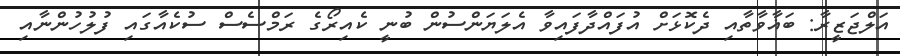
އަލްޖަޒީރާ: ބަޣާވާތާއި ދެކޮޅަށް އުފައްދާފައިވާ އެލަޔަންސުން ބުނީ ކެއިރޯގެ ރަމްސެސް ސުކެއާގައި ފުލުހުންނާއި